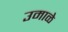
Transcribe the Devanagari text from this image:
उमाळे